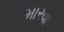
મારવા